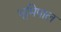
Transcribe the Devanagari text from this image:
भूमिपाल